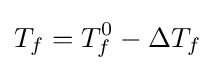
T_{f}=T_{f}^{0}-\Delta T_{f}